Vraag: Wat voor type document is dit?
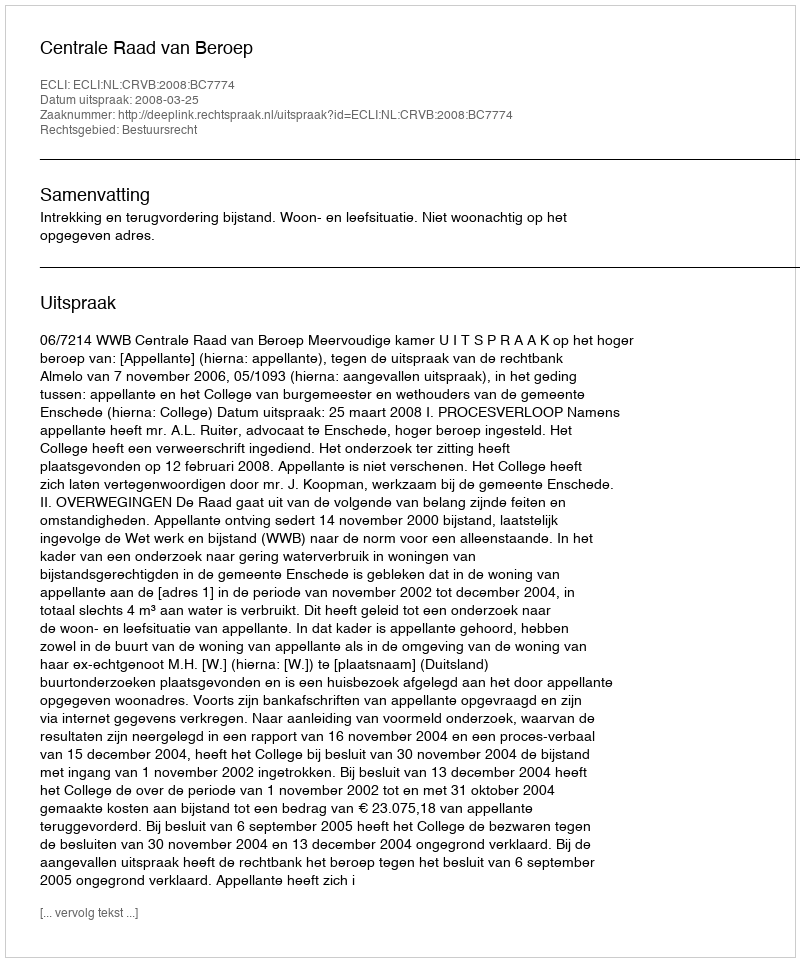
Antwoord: Uitspraak